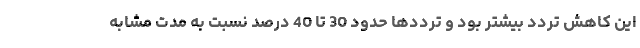
این کاهش تردد بیشتر بود و ترددها حدود 30 تا 40 درصد نسبت به مدت مشابه